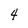
Character: 4